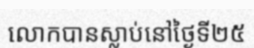
លោកបានស្លាប់នៅថ្ងៃទី២៥